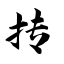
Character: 抟